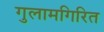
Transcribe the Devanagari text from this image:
गुलामगिरित